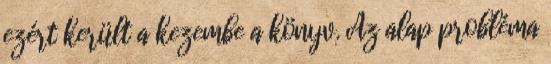
ezért került a kezembe a könyv. Az alap probléma